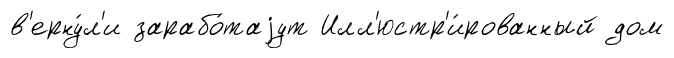
в'ерну́л'и зарабо́таjут Илл'юстр'и́рованный дом